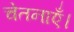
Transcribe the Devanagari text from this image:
चेतनाएँ।